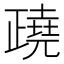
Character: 𣦥